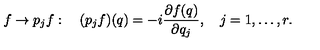
f \to p _ { j } f : \quad ( p _ { j } f ) ( q ) = - i { \frac { \partial f ( q ) } { \partial q _ { j } } } , \quad j = 1 , \ldots , r .